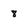
Character: 8